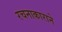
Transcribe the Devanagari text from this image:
रचनाकाराने